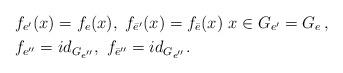
LaTeX: \begin{align*}& f_{e^{\prime}}(x) = f_{e}(x),\ f_{\bar{e}^{\prime}}(x)=f_{\bar{e}}(x)\ x \in G_{e^{\prime}}=G_e \, , \\& f_{e^{\prime \prime}}=id_{G_{e''}}, \ f_{\bar{e}^{\prime \prime}}=id_{G_{e''}}. \end{align*}